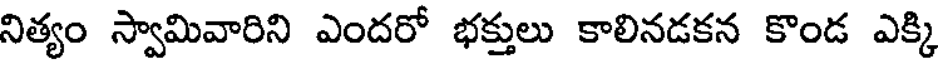
నిత్యం స్వామివారిని ఎందరో భక్తులు కాలినడకన కొండ ఎక్కి